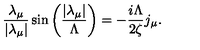
\frac { \lambda _ { \mu } } { \left| \lambda _ { \mu } \right| } \sin \left( \frac { \left| \lambda _ { \mu } \right| } { \Lambda } \right) = - \frac { i \Lambda } { 2 \zeta } j _ { \mu } .